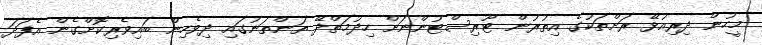
މީހުން ދިރިއުޅޭ ރަށްތަކުގެ އިތުރުން ޓޫރިސްޓުންނަށް ހިދުމަތްދޭ ތަންތަނުގައި ދިވެހިން ބައިވެރިކޮށްގެން އެފަދަ